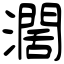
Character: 濶